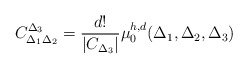
\begin{align*}C_{\Delta_1\Delta_2}^{\Delta_3}=\frac{d!}{|C_{\Delta_3}|}\mu_{0}^{h,d}(\Delta_{1},\Delta_{2},\Delta_{3})\end{align*}